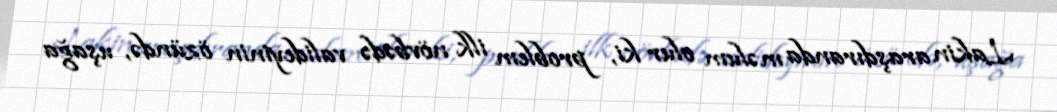
Lakin araşdıranda məlum olur ki, problem ilk növbədə valideyinin özündə, uşağa